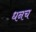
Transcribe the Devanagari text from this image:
धनच